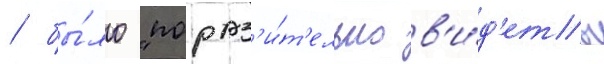
/ бы́ло "пораз'и́т'ельно в'и́д'еть